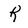
Character: R